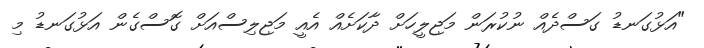
"އަޅުގަނޑު ގަސްދެއް ނުކުރަން މަޖިލީހަށް ދާކަށެއް އެއީ މަޖިލިސްއަށް ގޮސްގެން އަޅުގަނޑު މި